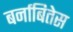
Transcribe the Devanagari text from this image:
बर्नाबितेस